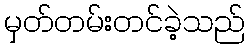
မှတ်တမ်းတင်ခဲ့သည်